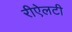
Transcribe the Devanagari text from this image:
रीऐलटी